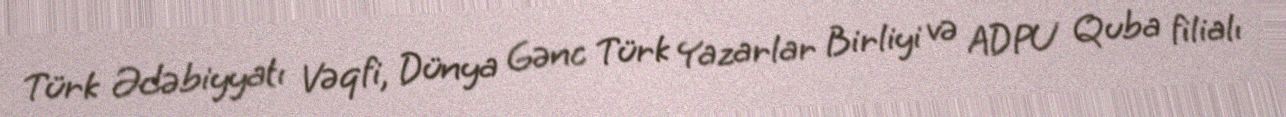
Türk Ədəbiyyatı Vəqfi, Dünya Gənc Türk Yazarlar Birliyi və ADPU Quba filialı